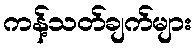
ကန့်သတ်ချက်များ